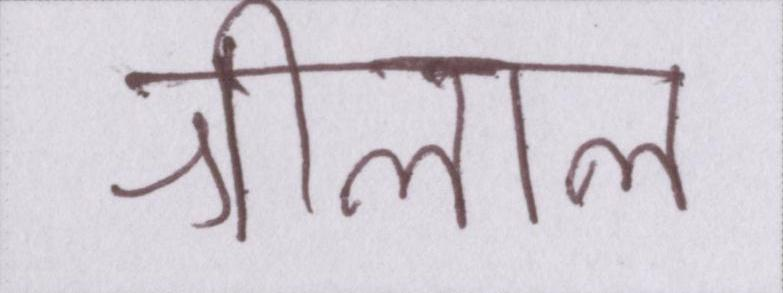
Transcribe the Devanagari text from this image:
श्रीलाल